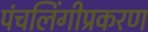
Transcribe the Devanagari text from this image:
पंचलिंगीप्रकरण